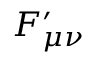
F _ { \mu \nu } ^ { \prime }